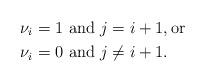
LaTeX: \begin{align*} \nu_i=1 & \mbox{ and } j=i+1,\mbox{or} \\ \nu_i=0 &\mbox{ and } j\neq i+1.\end{align*}